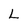
Character: L